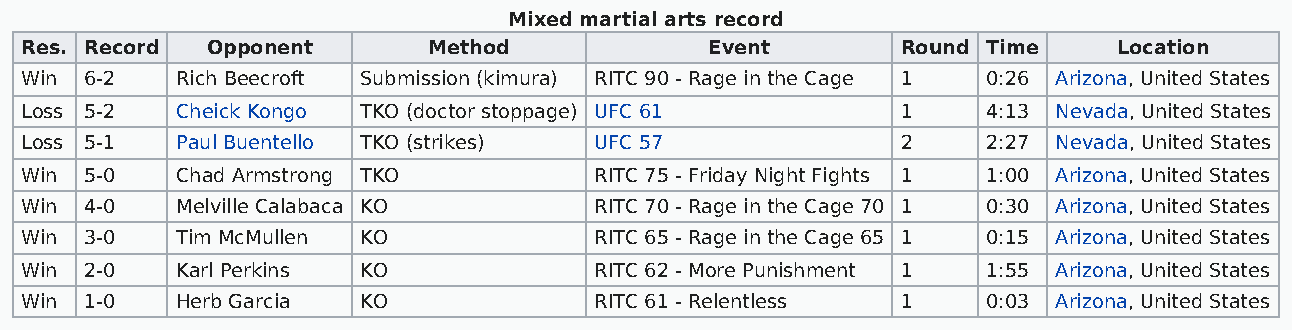
Mixed martial arts record
 Res. Record  Opponent      Method             Event        Round Time    Location
 Win  6-2   Rich Beecroft Submission (kimura) RITC 90 - Rage in the Cage 1 0:26 Arizona, United States
 Loss 5-2   Cheick Kongo TKO (doctor stoppage) UFC 61       1    4:13 Nevada, United States
 Loss 5-1   Paul Buentello TKO (strikes) UFC 57             2    2:27 Nevada, United States
 Win  5-0   Chad Armstrong TKO         RITC 75 - Friday Night Fights 1 1:00 Arizona, United States
 Win  4-0   Melville Calabaca KO       RITC 70 - Rage in the Cage 70 1 0:30 Arizona, United States
 Win  3-0   Tim McMullen KO            RITC 65 - Rage in the Cage 65 1 0:15 Arizona, United States
 Win  2-0   Karl Perkins KO            RITC 62 - More Punishment 1 1:55 Arizona, United States
 Win  1-0   Herb Garcia KO             RITC 61 - Relentless 1    0:03 Arizona, United States